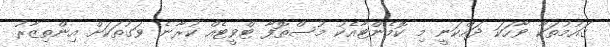
ގައުމުތަކާ ވާހަކަ ދައްކަނީ މި ކޮމެންޓާއެކު މުސްތޮފާ ޓްވީޓެއް ކުރާނެ ވަގުތަކަށް އިންތިޒާރު